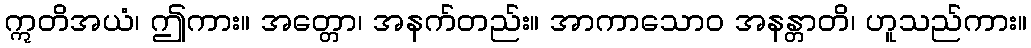
ဣတိအယံ၊ ဤကား။ အတ္တော၊ အနက်တည်း။ အာကာသောဝ အနန္တာတိ၊ ဟူသည်ကား။